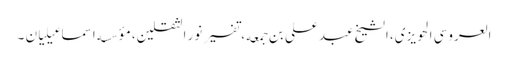
العروسی الحویزی، الشیخ عبد علی بن جمعه، تفسیر نور الثقلین، مؤسسه اسماعیلیان ۔